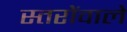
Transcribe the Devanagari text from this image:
स्तरोंवाले